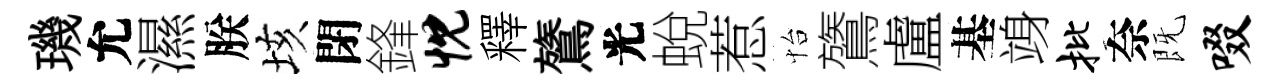
璣允濕朕垓閉鋒忱釋鷟光蛻惹怡鷟盧基竧批奈既啜